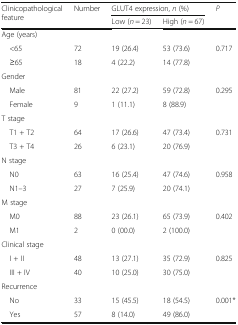
<table><thead><tr><td rowspan="2"><b>Clinicopathological feature</b></td><td rowspan="2"><b>Number</b></td><td colspan="2"><b>GLUT4 expression, <i>n</i> (%)</b></td><td rowspan="2"><b><i>P</i></b></td></tr><tr><td><b>Low (<i>n</i> = 23)</b></td><td><b>High (<i>n</i> = 67)</b></td></tr></thead><tbody><tr><td colspan="5">Age (years)</td></tr><tr><td> &lt;65</td><td>72</td><td>19 (26.4)</td><td>53 (73.6)</td><td>0.717</td></tr><tr><td> ≥65</td><td>18</td><td>4 (22.2)</td><td>14 (77.8)</td><td></td></tr><tr><td colspan="5">Gender</td></tr><tr><td> Male</td><td>81</td><td>22 (27.2)</td><td>59 (72.8)</td><td>0.295</td></tr><tr><td> Female</td><td>9</td><td>1 (11.1)</td><td>8 (88.9)</td><td></td></tr><tr><td colspan="5">T stage</td></tr><tr><td> T1 + T2</td><td>64</td><td>17 (26.6)</td><td>47 (73.4)</td><td>0.731</td></tr><tr><td> T3 + T4</td><td>26</td><td>6 (23.1)</td><td>20 (76.9)</td><td></td></tr><tr><td colspan="5">N stage</td></tr><tr><td> N0</td><td>63</td><td>16 (25.4)</td><td>47 (74.6)</td><td>0.958</td></tr><tr><td> N1–3</td><td>27</td><td>7 (25.9)</td><td>20 (74.1)</td><td></td></tr><tr><td colspan="5">M stage</td></tr><tr><td> M0</td><td>88</td><td>23 (26.1)</td><td>65 (73.9)</td><td>0.402</td></tr><tr><td> M1</td><td>2</td><td>0 (00.0)</td><td>2 (100.0)</td><td></td></tr><tr><td colspan="5">Clinical stage</td></tr><tr><td> I + II</td><td>48</td><td>13 (27.1)</td><td>35 (72.9)</td><td>0.825</td></tr><tr><td> III + IV</td><td>40</td><td>10 (25.0)</td><td>30 (75.0)</td><td></td></tr><tr><td colspan="5">Recurrence</td></tr><tr><td> No</td><td>33</td><td>15 (45.5)</td><td>18 (54.5)</td><td>0.001*</td></tr><tr><td> Yes</td><td>57</td><td>8 (14.0)</td><td>49 (86.0)</td><td></td></tr></tbody></table>